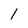
Character: l